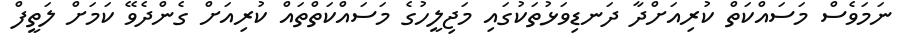
ނަމަވެސް މަސައްކަތް ކުރިއަށްދާ ދަނޑިވަޅުތަކުގައި މަޖިލީހުގެ މަސައްކަތްތައް ކުރިއަށް ގެންދެވޭ ކަމަށް ލަތީފް